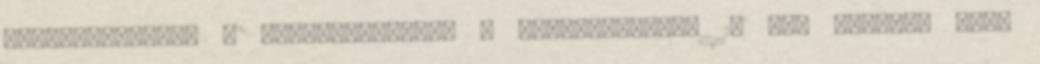
osszefoglaltad a vitainditodban - gyakorlatilag 1- nem erdekli oket